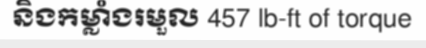
និងកម្លាំងរមួល 457 lb-ft of torque